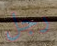
رجل